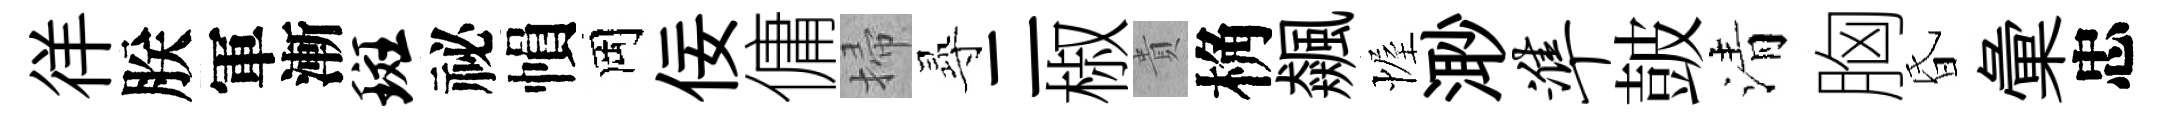
徉朕軍漸斑祕𢄙岡佞傭掃𡬶二椒貴桷飆幄𣺌准皷清胸昏彙忠